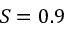
S = 0 . 9